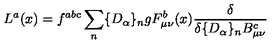
L ^ { a } ( x ) = f ^ { a b c } \sum _ { n } \{ D _ { \alpha } \} _ { n } g F _ { \mu \nu } ^ { b } ( x ) \frac { \delta } { \delta \{ D _ { \alpha } \} _ { n } B _ { \mu \nu } ^ { c } }